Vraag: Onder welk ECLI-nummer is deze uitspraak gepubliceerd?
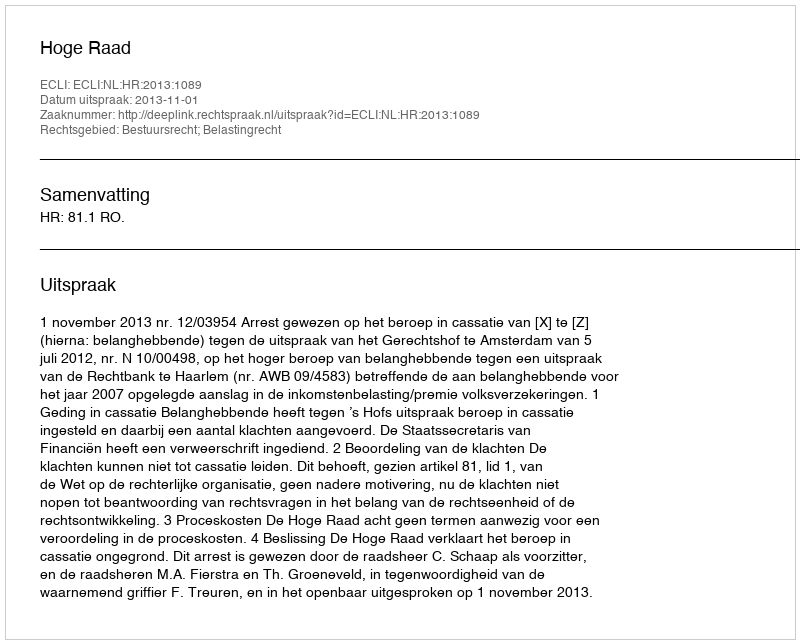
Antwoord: ECLI:NL:HR:2013:1089